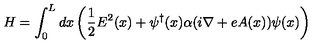
H = \int _ { 0 } ^ { L } d x \left( { \frac { 1 } { 2 } } E ^ { 2 } ( x ) + \psi ^ { \dagger } ( x ) \alpha ( i \nabla + e A ( x ) ) \psi ( x ) \right)